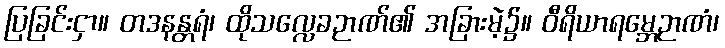
ပြခြင်းငှာ။ တဒနန္တရံ၊ ထိုသလ္လေခဉာဏ်၏ အခြားမဲ့၌။ ဝီရိယာရမ္ဘေဉာဏံ၊